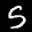
Label: 5